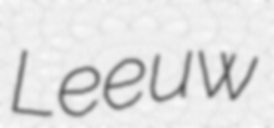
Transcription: Leeuw